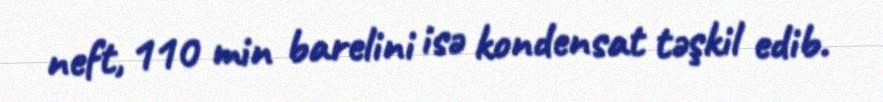
neft, 110 min barelini isə kondensat təşkil edib.